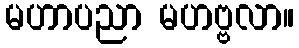
မဟာပညာ မဟဗ္ဗလာ။